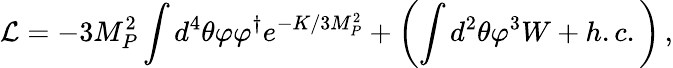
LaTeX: {\cal L}=-3M_{P}^{2}\int d^{4}\theta\varphi\varphi^{\dagger}e^{-K/3M_{P}^{2}}+\left(\int d^{2}\theta\varphi^{3}W+h.c.\right)\, ,